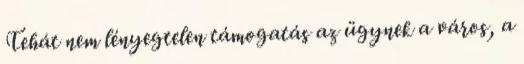
Tehát nem lényegtelen támogatás az ügynek a város, a